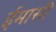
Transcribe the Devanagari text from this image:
ईमासी